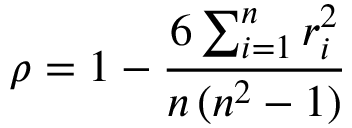
\rho = 1 - \frac { 6 \sum _ { i = 1 } ^ { n } r _ { i } ^ { 2 } } { n \, ( n ^ { 2 } - 1 ) }